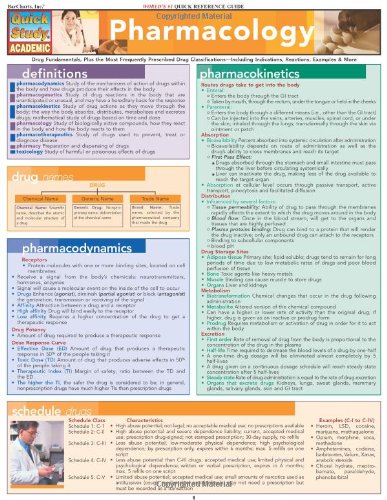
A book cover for Pharmacology (Quick Study Academic); Inc. BarCharts; Medical Books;